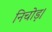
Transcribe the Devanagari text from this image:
निचोड़।